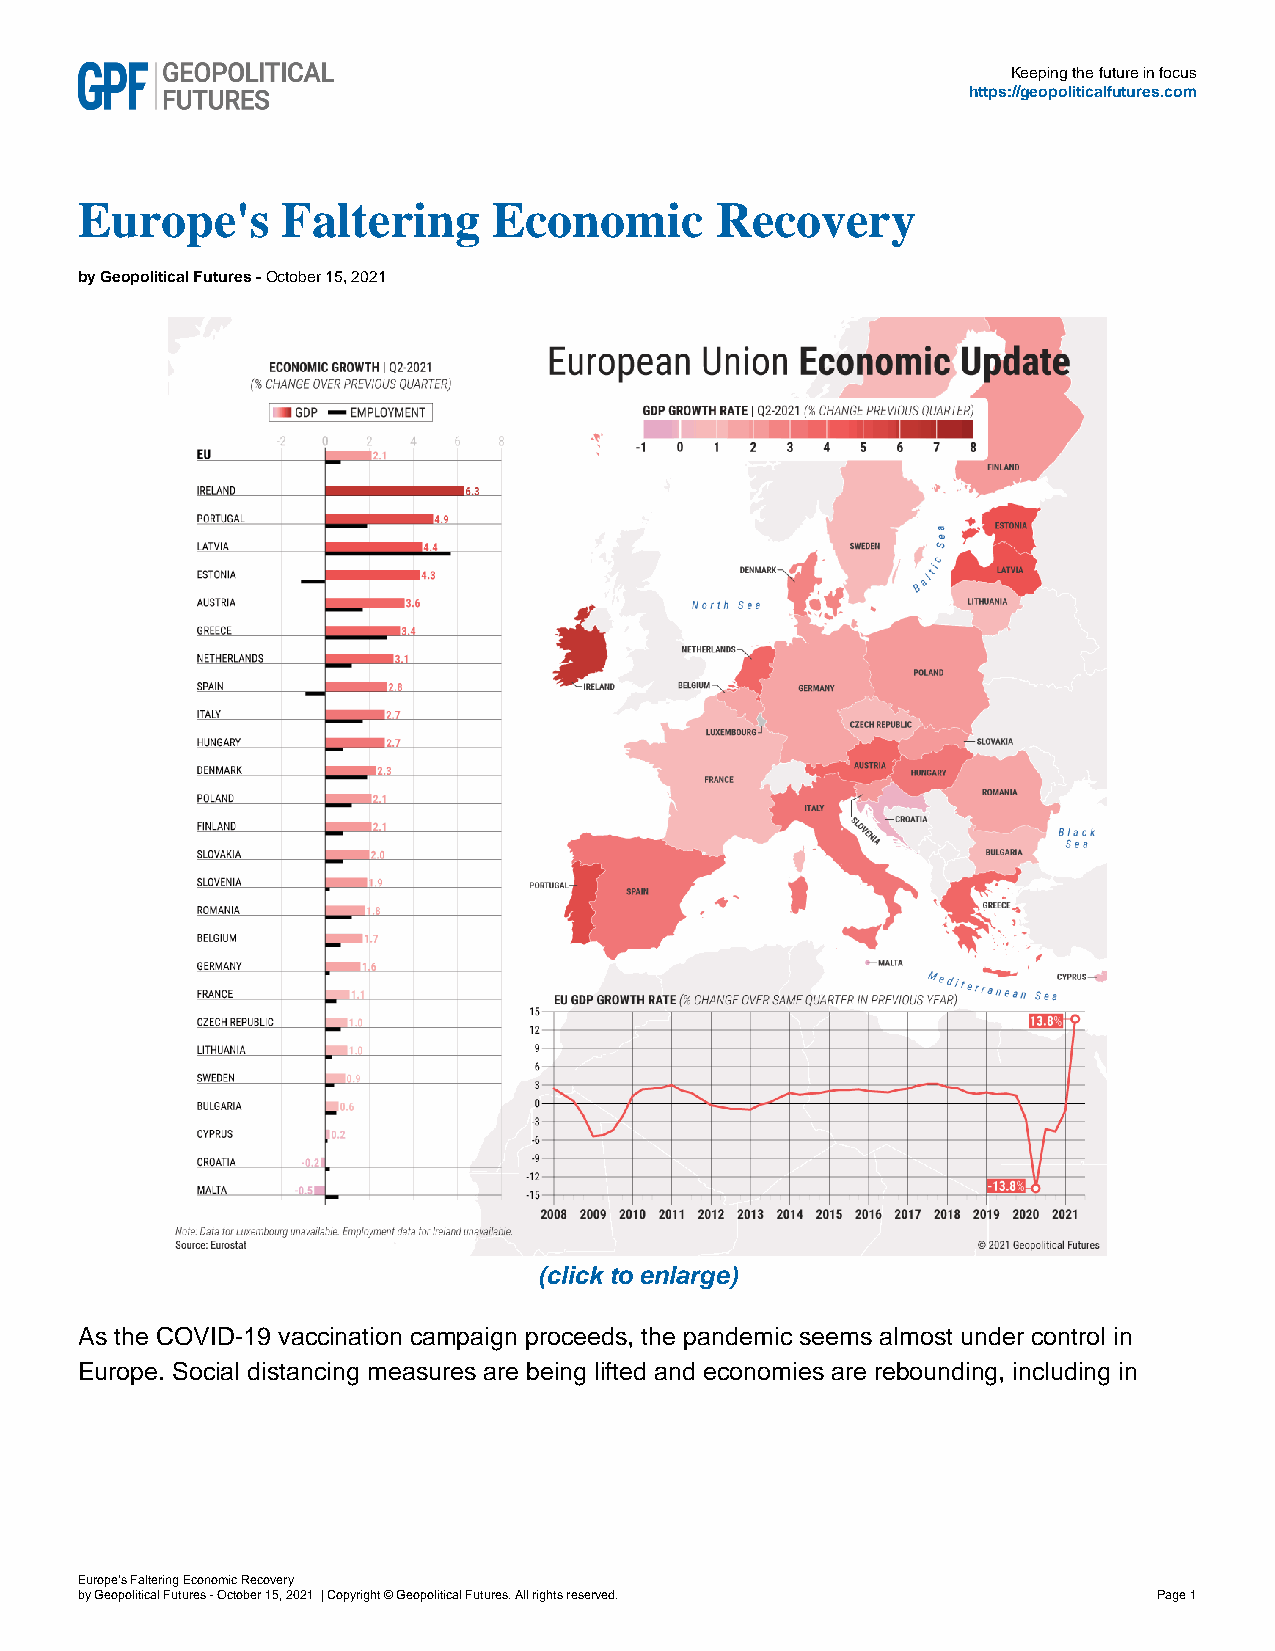
Keeping the future in focus
 https://geopoliticalfutures.com
 Europe's      Faltering     Economic      Recovery
 by Geopolitical Futures - October 15, 2021
 (click to enlarge)
 As the COVID-19 vaccination campaign proceeds, the pandemic seems almost under control in
 Europe. Social distancing measures are being lifted and economies are rebounding, including in
 Europe's Faltering Economic Recovery
 by Geopolitical Futures - October 15, 2021 | Copyright © Geopolitical Futures. All rights reserved. Page 1